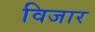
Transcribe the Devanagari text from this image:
विजार